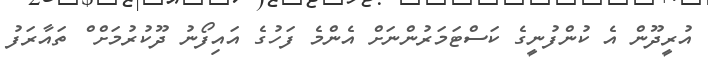
އުރީދޫން އެ ކުންފުނީގެ ކަސްޓަމަރުންނަށް އެންމެ ފަހުގެ އައިފޯނު ދޫކުރުމަށް ް ތައާރަފު